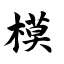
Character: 模